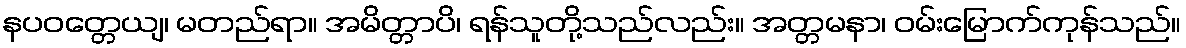
နပဝတ္တေယျ၊ မတည်ရာ။ အမိတ္တာပိ၊ ရန်သူတို့သည်လည်း။ အတ္တမနာ၊ ဝမ်းမြောက်ကုန်သည်။